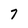
Character: 7